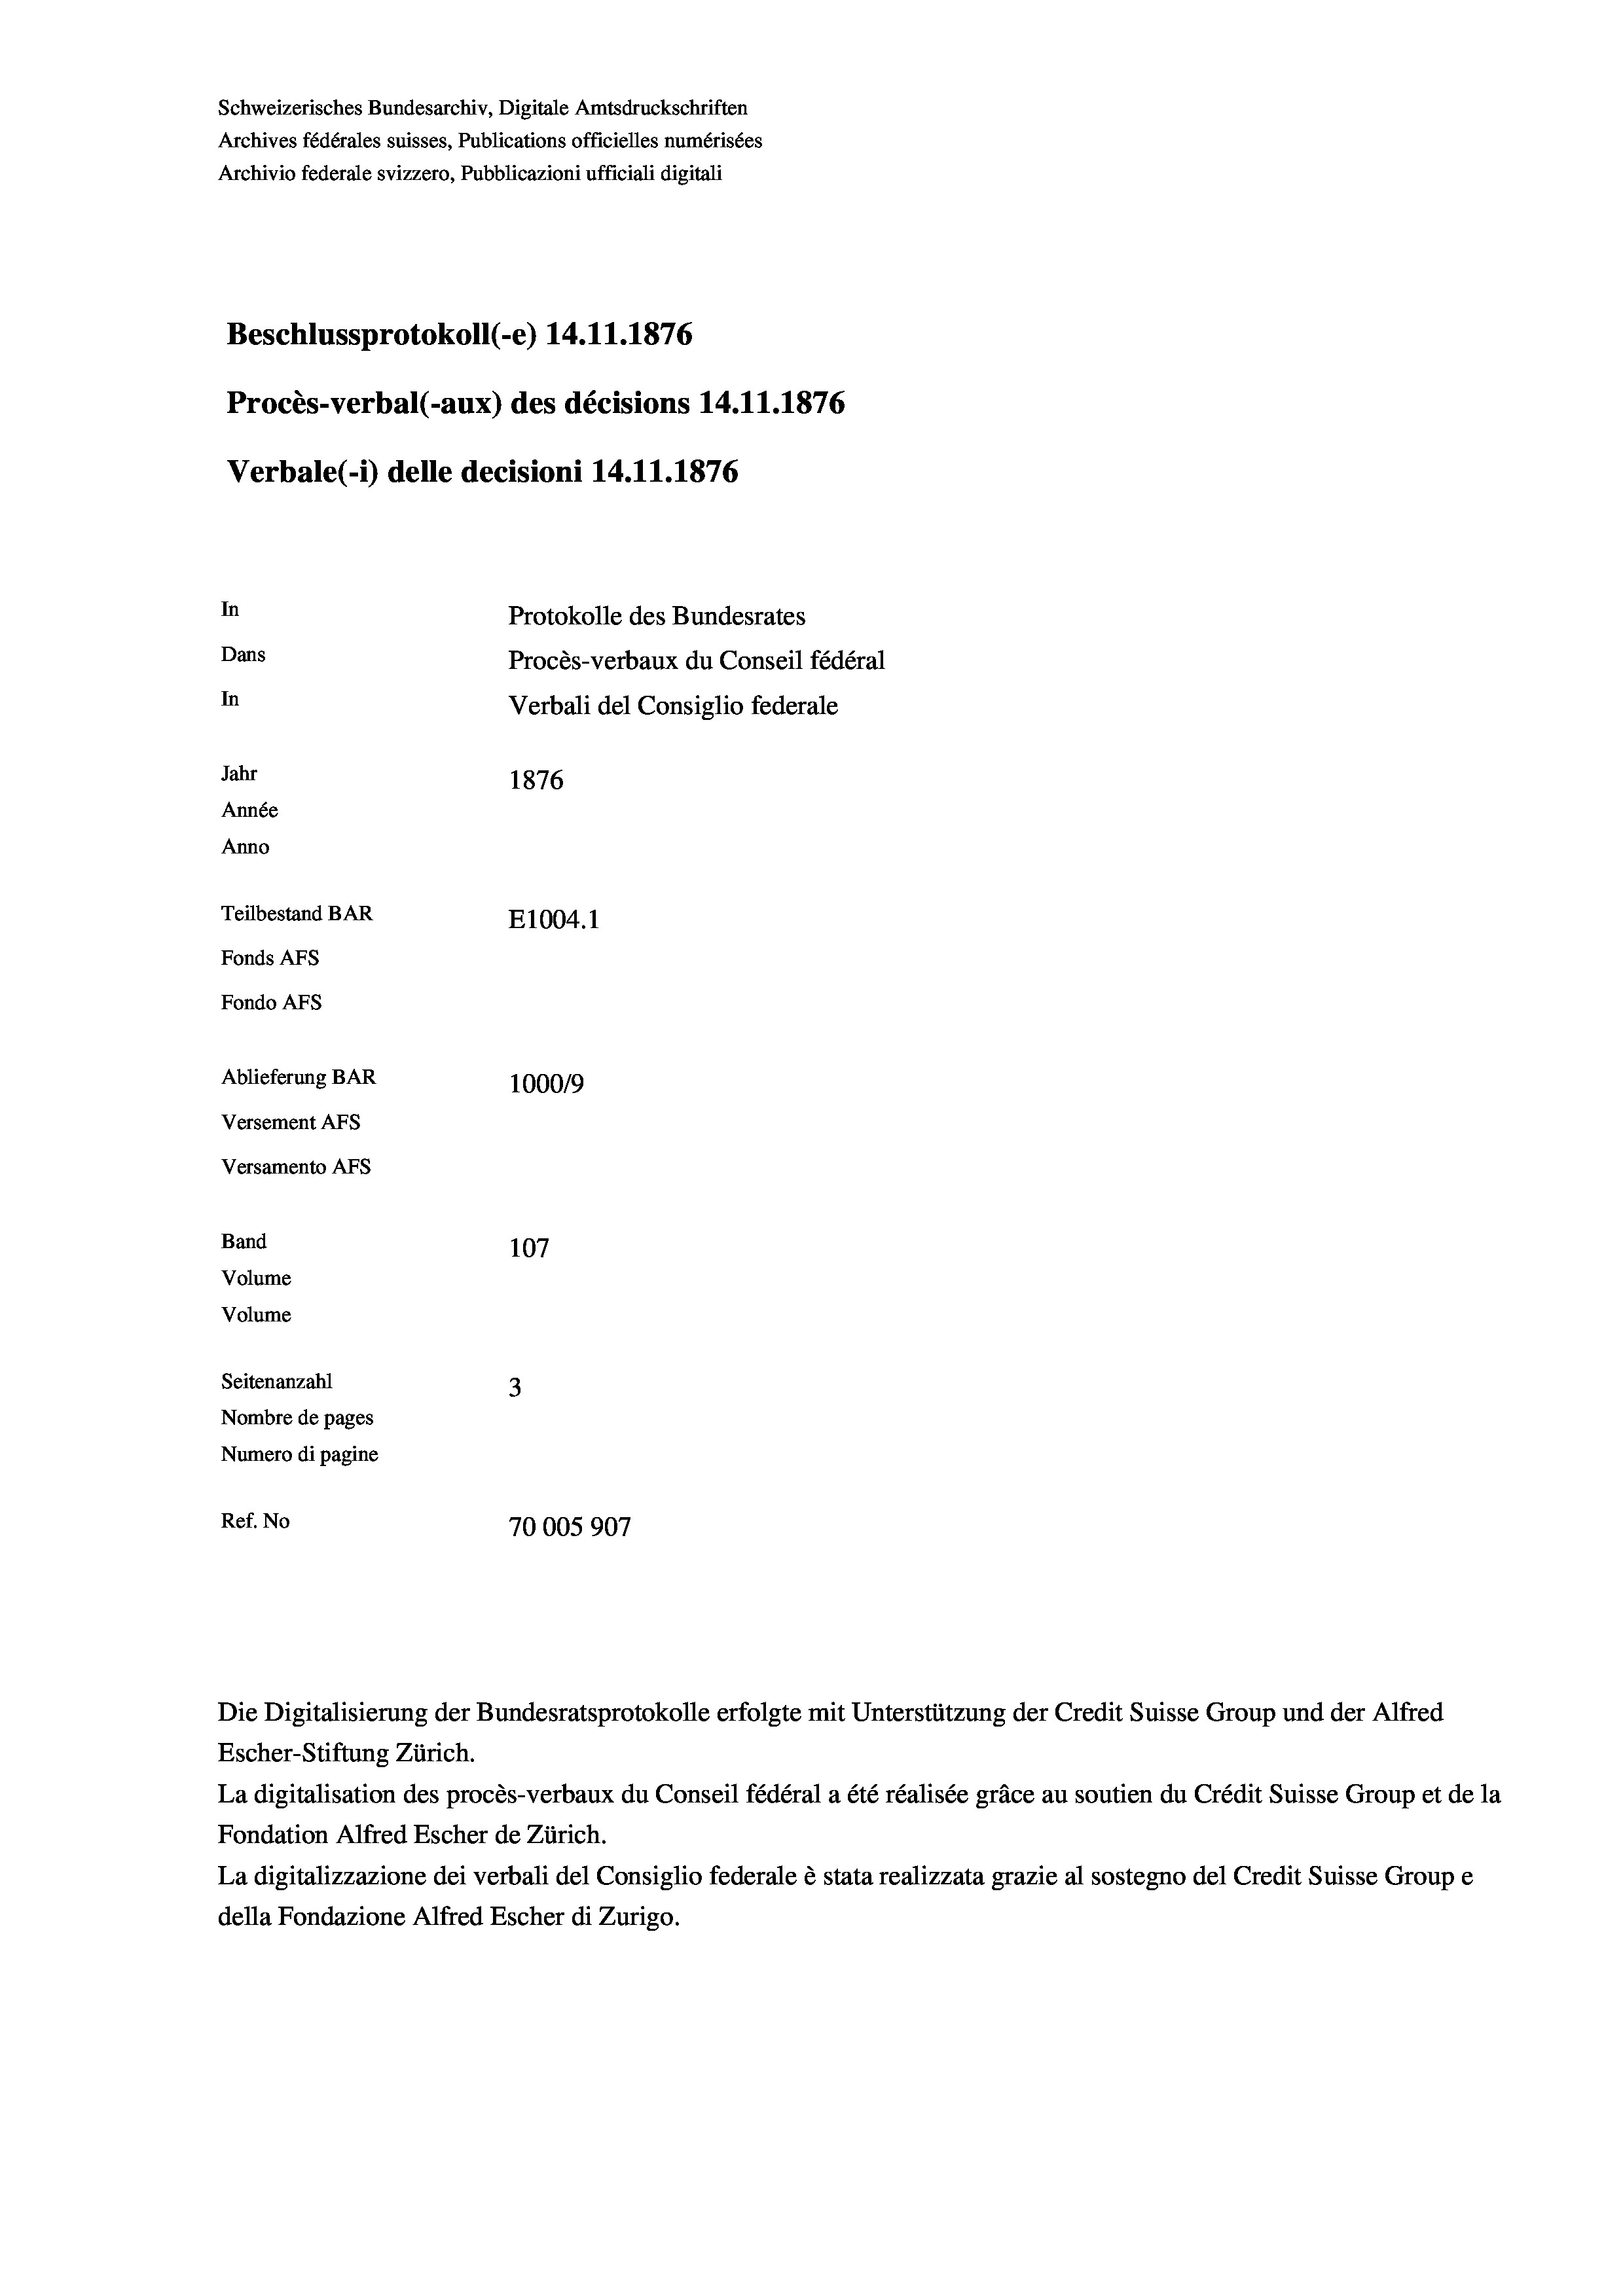
Schweizerisches Bundesarchiv, Digitale Amtsdruckschriften
Archives fédérales suisses, Publications officielles numérisées
Archivio federale svizzero, Pubblicazioni ufficiali digitali
Beschlussprotokoll (-e) 14.11.1876
Procès-verbal (-aux) des décisions 14.11.1876
Verbale (i) delle decisioni 14.11.1876
In
Protokolle des Bundesrates
Dans
Procès-verbaux du Conseil fédéral
In
Verbali del Consiglio federale
Jahr
1876
Année
Anno
Teilbestand BAR
E1004. 1
Fonds AFs
Fondo AFs
Ablieferung BAR
100019
Versement AFS
Versamento AFS
Band
107
Volume
Volume
Seitenanzahl
3
Nombre de pages
Numero di pagine
Ref. No
70005907

Escher-Stiftung Zürich.
La digitalisation des procès-verbaux du Conseil fédéral a été réalisée gräce au soutien du Crédit Suisse Group et de la
Fondation Alfred Escher de Zürich.
La digitalizzazione dei verbali del Consiglio federale è stata realizzata grazie al sostegno del Credit Suisse Groupe
della Fondazione Alfred Escher di Zurigo.

Die Digitalisierung der Bundesratsprotokolle erfolgte mit Unterstützung der Credit Suisse Group und der Alfred